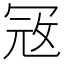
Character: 𭁵